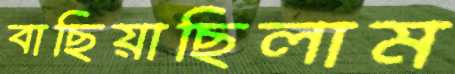
বাছিয়াছিলাম